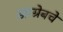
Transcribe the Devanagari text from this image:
झाग्रेबचे